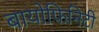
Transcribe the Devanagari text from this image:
बायोफिनिटी